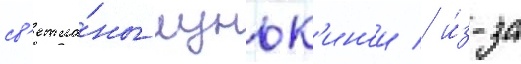
св'етла́ны луньк'инои / и́з-за